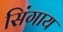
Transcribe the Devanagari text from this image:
सिंगाय